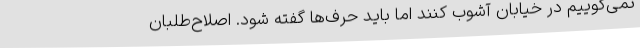
نمی‌گوییم در خیابان آشوب کنند اما باید حرف‌ها گفته شود. اصلاح‌طلبان